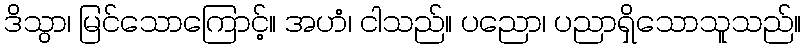
ဒိသွာ၊ မြင်သောကြောင့်။ အဟံ၊ ငါသည်။ ပညော၊ ပညာရှိသောသူသည်။